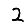
Digit: 2